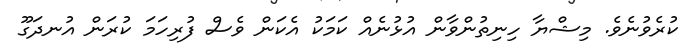
ކުރެވުނެވެ. މިޝްޔާ ހިނިތުންވާން އުޅުނެއް ކަމަކު އެކަން ވެސް ފުރިހަމަ ކުރަން އުނދަގޫ